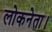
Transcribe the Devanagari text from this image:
लोकनेता।